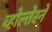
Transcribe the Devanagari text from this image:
व्होल्तेरने